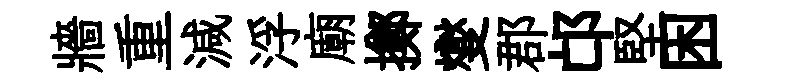
牆重減浮廟擲燮郡邙堅困